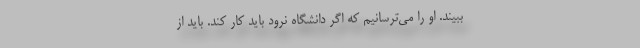
ببیند. او را می‌ترسانیم که اگر دانشگاه نرود باید کار کند. باید از